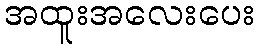
အထူးအလေးပေး